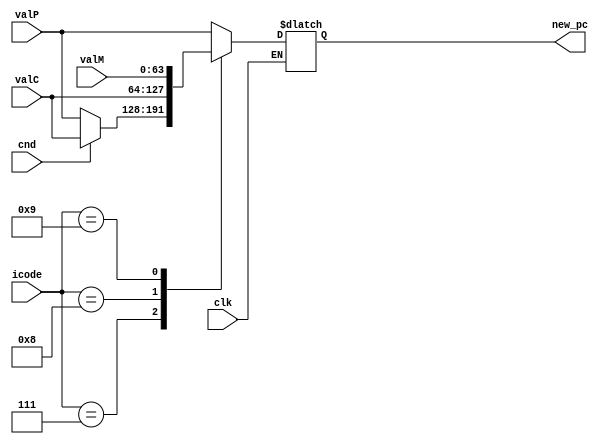
`timescale 1ns / 1ps

module pc_update(
    output reg [63:0] new_pc,
    input[3:0] icode,
    input[63:0] valC,
    input[63:0] valP,
    input[63:0] valM,
    input cnd,
    input clk
);
    
    always @(*) begin
        if(clk) begin
            case(icode)

                4'h7: begin
                    new_pc = cnd?valC:valP; //jXX
                end
                4'h8: begin
                    new_pc = valC; //call
                end
                4'h9: begin
                    new_pc = valM; //ret
                end
                default: begin
                    new_pc = valP; //remaining instructions
                end
            endcase
        end
    end
endmodule